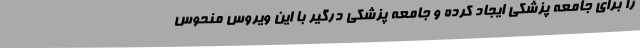
را برای جامعه پزشکی ایجاد کرده و جامعه پزشکی درگیر با این ویروس منحوس